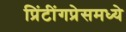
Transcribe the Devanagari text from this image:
प्रिंटींगप्रेसमध्ये